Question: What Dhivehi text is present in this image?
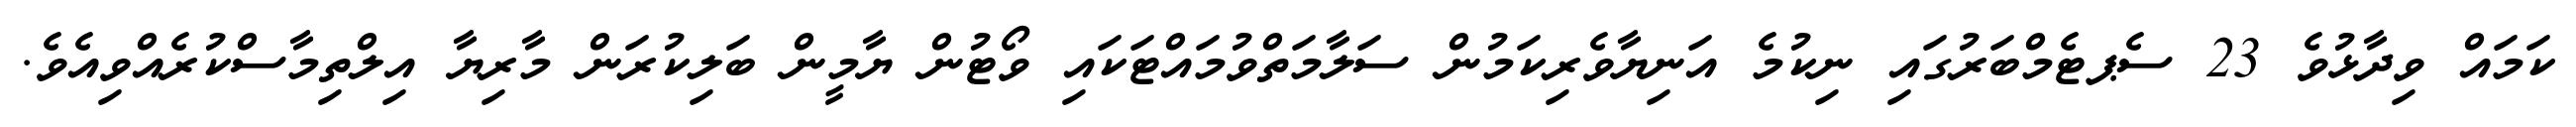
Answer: ކަމައް ވިދާޅުވެ 23 ސެޕޓެމްބަރުގައި ނިކުމެ އަނިޔާވެރިކަމުން ސަލާމަތްވުމައްޓަކައި ވޯޓުން ޔާމީން ބަލިކުރަން މާރިޔާ އިލްތިމާސްކުރެއްވިއެވެ.